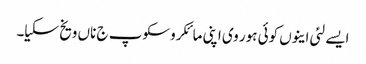
ایسے لئی اینوں کوئی ہور وی اپنی مائکروسکوپ ج ناں ویخ سکیا۔